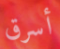
أسرق